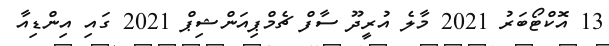
13 އޮކްޓޯބަރު 2021 މާލެ އުރީދޫ ސާފް ޗެމްޕިއަންޝިޕް 2021 ގައި އިންޑިއާ